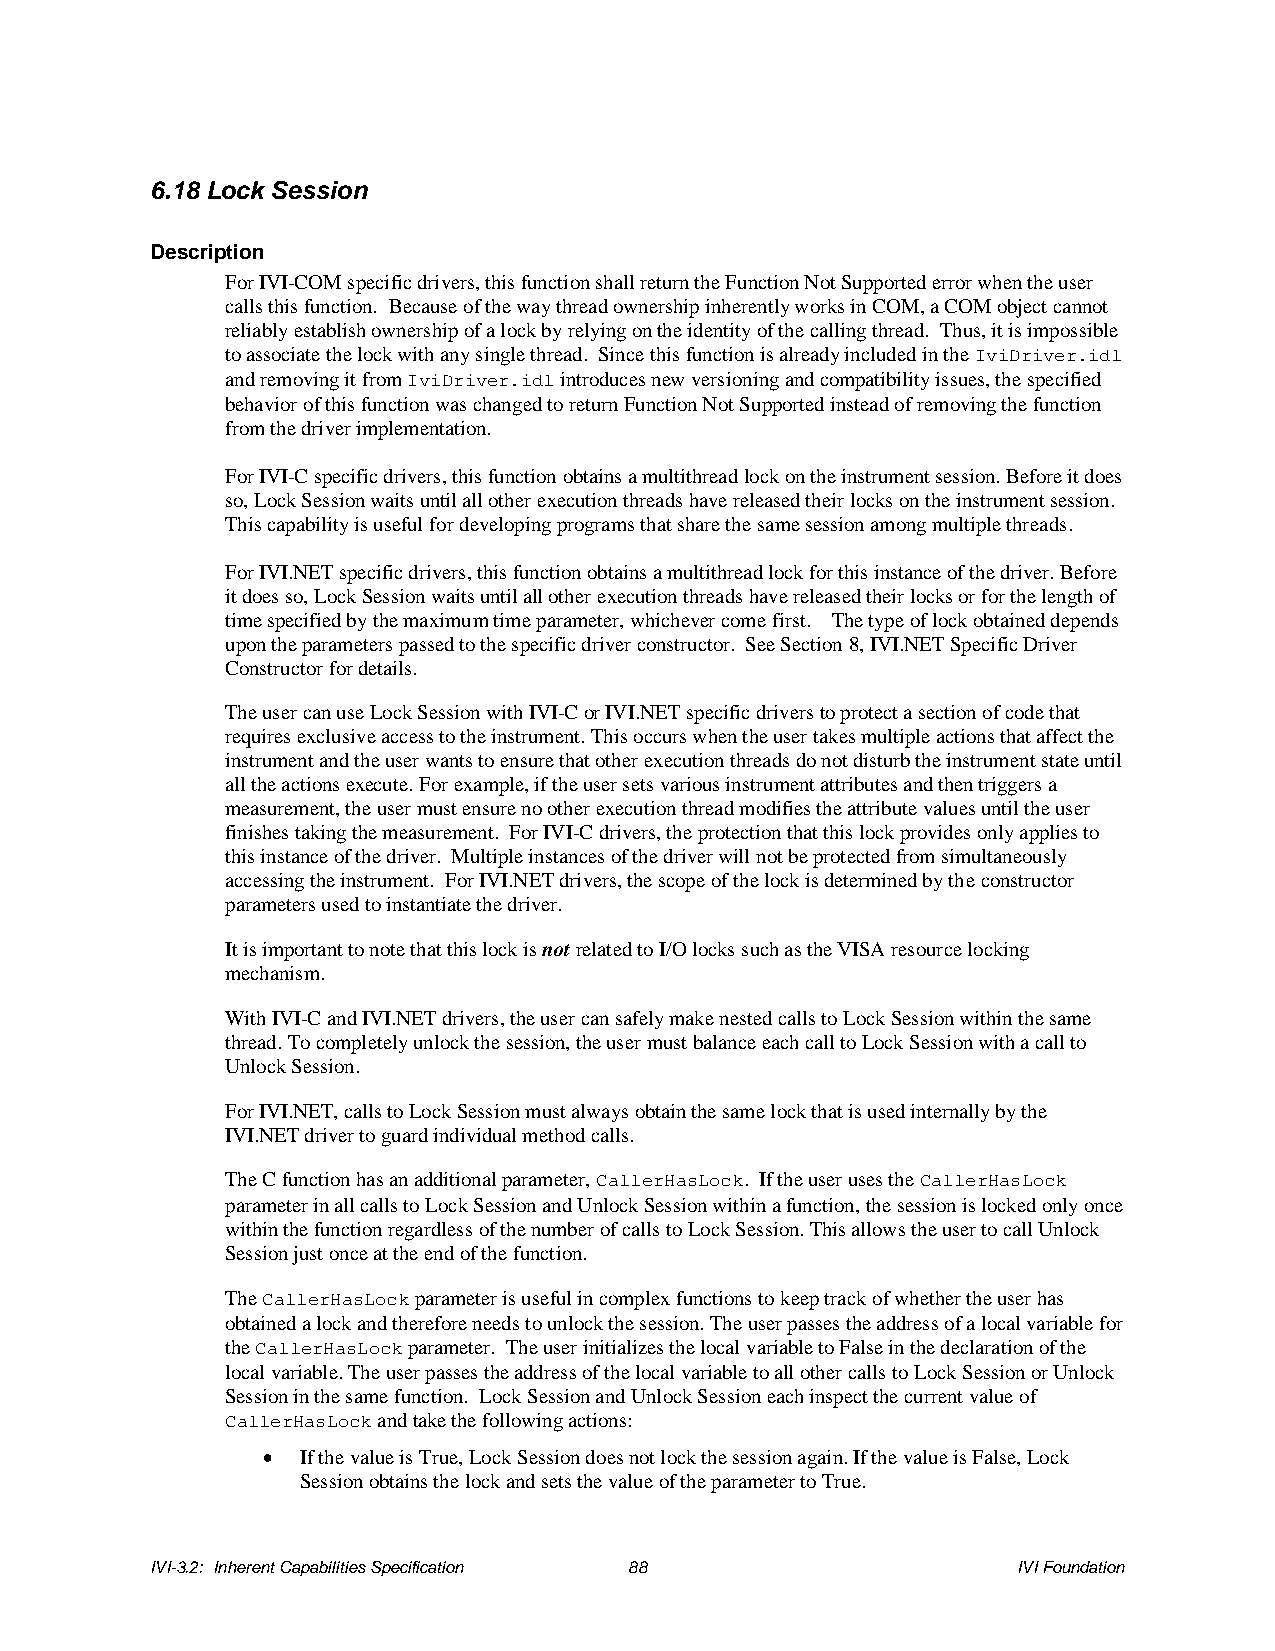
6.18 Lock Session
 Description
 For IVI-COM specific drivers, this function shall return the Function Not Supported error when the user
 calls this function. Because of the way thread ownership inherently works in COM, a COM object cannot
 reliably establish ownership of a lock by relying on the identity of the calling thread. Thus, it is impossible
 to associate the lock with any single thread. Since this function is already included in the IviDriver.idl
 and removing it from IviDriver.idl introduces new versioning and compatibility issues, the specified
 behavior of this function was changed to return Function Not Supported instead of removing the function
 from the driver implementation.
 For IVI-C specific drivers, this function obtains a multithread lock on the instrument session. Before it does
 so, Lock Session waits until all other execution threads have released their locks on the instrument session.
 This capability is useful for developing programs that share the same session among multiple threads.
 For IVI.NET specific drivers, this function obtains a multithread lock for this instance of the driver. Before
 it does so, Lock Session waits until all other execution threads have released their locks or for the length of
 time specified by the maximum time parameter, whichever come first. The type of lock obtained depends
 upon the parameters passed to the specific driver constructor. See Section 8, IVI.NET Specific Driver
 Constructor for details.
 The user can use Lock Session with IVI-C or IVI.NET specific drivers to protect a section of code that
 requires exclusive access to the instrument. This occurs when the user takes multiple actions that affect the
 instrument and the user wants to ensure that other execution threads do not disturb the instrument state until
 all the actions execute. For example, if the user sets various instrument attributes and then triggers a
 measurement, the user must ensure no other execution thread modifies the attribute values until the user
 finishes taking the measurement. For IVI-C drivers, the protection that this lock provides only applies to
 this instance of the driver. Multiple instances of the driver will not be protected from simultaneously
 accessing the instrument. For IVI.NET drivers, the scope of the lock is determined by the constructor
 parameters used to instantiate the driver.
 It is important to note that this lock is not related to I/O locks such as the VISA resource locking
 mechanism.
 With IVI-C and IVI.NET drivers, the user can safely make nested calls to Lock Session within the same
 thread. To completely unlock the session, the user must balance each call to Lock Session with a call to
 Unlock Session.
 For IVI.NET, calls to Lock Session must always obtain the same lock that is used internally by the
 IVI.NET driver to guard individual method calls.
 The C function has an additional parameter, CallerHasLock. If the user uses the CallerHasLock
 parameter in all calls to Lock Session and Unlock Session within a function, the session is locked only once
 within the function regardless of the number of calls to Lock Session. This allows the user to call Unlock
 Session just once at the end of the function.
 The CallerHasLock parameter is useful in complex functions to keep track of whether the user has
 obtained a lock and therefore needs to unlock the session. The user passes the address of a local variable for
 the CallerHasLock parameter. The user initializes the local variable to False in the declaration of the
 local variable. The user passes the address of the local variable to all other calls to Lock Session or Unlock
 Session in the same function. Lock Session and Unlock Session each inspect the current value of
 CallerHasLock and take the following actions:
 •  If the value is True, Lock Session does not lock the session again. If the value is False, Lock
 Session obtains the lock and sets the value of the parameter to True.
 IVI-3.2: Inherent Capabilities Specification 88          IVI Foundation